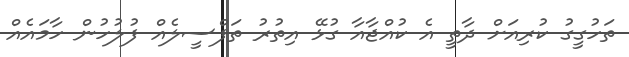
ތަހުގީގު ކުރިއަށް ދާތީ އެ ކުއްޖާއާ ގުޅޭ އިތުރު ތަފްސީލެއް ފުލުހުން ހާމައެއް